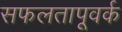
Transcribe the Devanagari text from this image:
सफलतापूवर्क